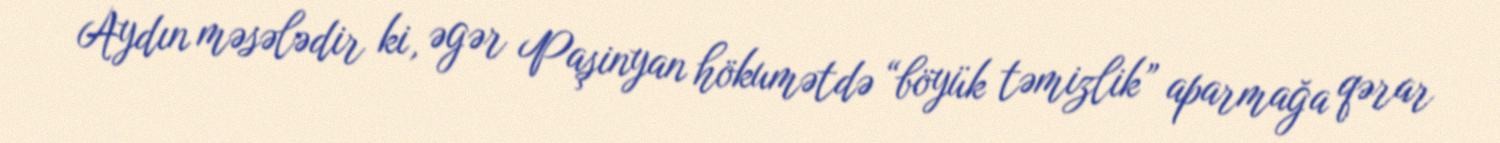
Aydın məsələdir ki, əgər Paşinyan hökumətdə “böyük təmizlik” aparmağa qərar